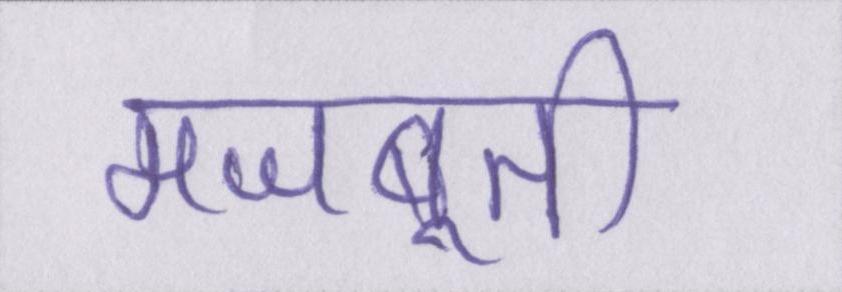
मजबूती